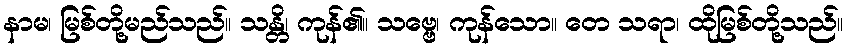
နာမ၊ မြစ်တို့မည်သည်။ သန္တိ၊ ကုန်၏။ သဗ္ဗေ၊ ကုန်သော။ တေ သရာ၊ ထိုမြစ်တို့သည်။